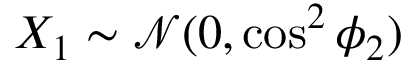
X _ { 1 } \sim \mathcal { N } ( 0 , \cos ^ { 2 } \phi _ { 2 } )